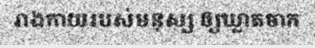
រាងកាយរបស់មនុស្ស ឲ្យឃ្លាតចាក